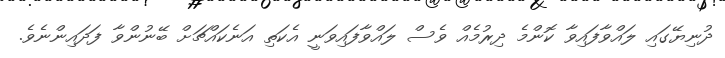
ދުނިޔޭގައި ލައްވާފައިވާ ކޮންމެ ދިރުމެއް ވެސް ލައްވާފައިވަނީ އެކަތި އަނެކައްޗަށް ބޭނުންވާ ފަދައިންނެވެ.